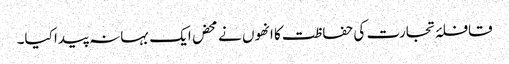
قافلۂ تجارت کی حفاظت کا انھوں نے محض ایک بہانہ پیدا کیا۔